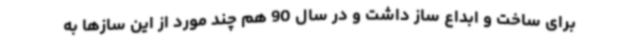
برای ساخت و ابداع ساز داشت و در‌ سال 90 هم چند مورد از این سازها به